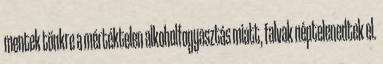
mentek tönkre a mértéktelen alkoholfogyasztás miatt, falvak néptelenedtek el.